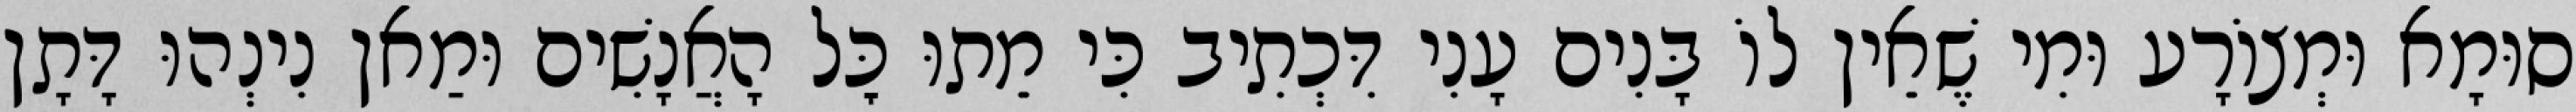
סוּמָא וּמְצוֹרָע וּמִי שֶׁאֵין לוֹ בָּנִים עָנִי דִּכְתִיב כִּי מֵתוּ כׇּל הָאֲנָשִׁים וּמַאן נִינְהוּ דָּתָן